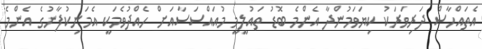
އެތައްހާސް ދަރިވަރަކު ކިޔަވަމުންދާ އެންމެ ބޮޑު ތައުލީމީ މުއައްސަސާއަށް ހެއްދުވެމަކީ އެމަނިކުފާނުގެ އެންމެ